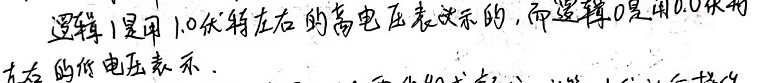
逻辑1是用1.0伏特左右的高电压表示的，而逻辑0是用0.0伏特左右的低电压表示。